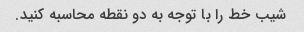
شیب خط را با توجه به دو نقطه محاسبه کنید.